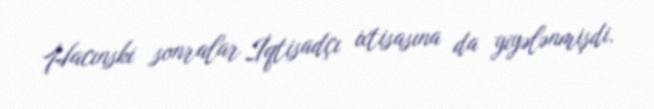
Hacınski sonralar İqtisadçı ixtisasına da yiyələnmişdi.